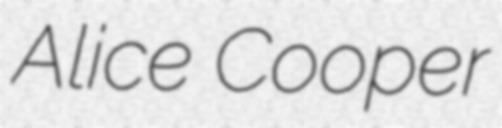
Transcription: Alice Cooper